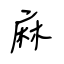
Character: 麻